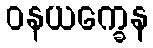
ဝနယက္ခေန